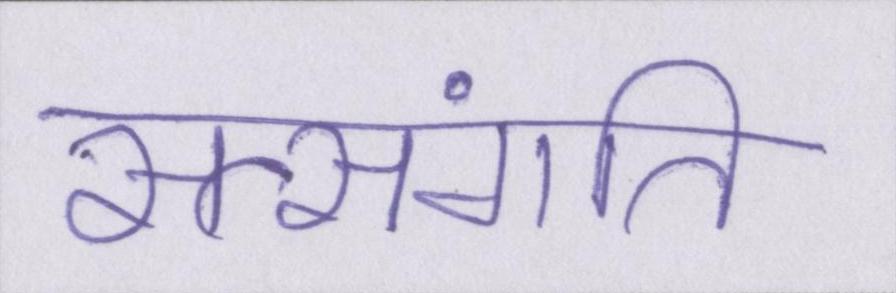
सत्संगति